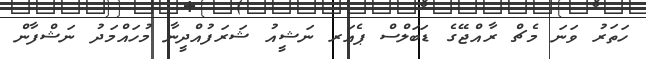
ހަތަރު ވަނަ މެޗް ރާއްޖޭގެ ޑަބަލްސް ޕެއަރ ނަޝީއު ޝަރަފުއްދީނާ މުހައްމަދު ނަޝްފާން